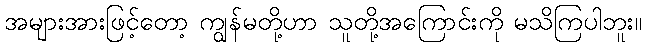
အများအားဖြင့်တော့ ကျွန်မတို့ဟာ သူတို့အကြောင်းကို မသိကြပါဘူး။